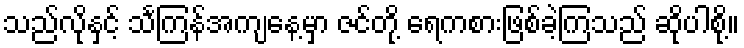
သည်လိုနှင့် သင်္ကြန်အကျနေ့မှာ ဇင်တို့ ရေကစားဖြစ်ခဲ့ကြသည် ဆိုပါစို့။